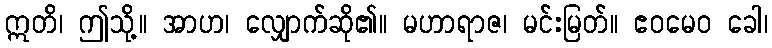
ဣတိ၊ ဤသို့။ အာဟ၊ လျှောက်ဆို၏။ မဟာရာဇ၊ မင်းမြတ်။ ဧဝမေဝ ခေါ၊